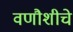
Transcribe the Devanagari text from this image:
वणौशीचे